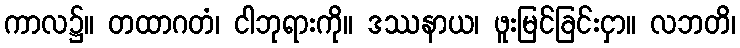
ကာလ၌။ တထာဂတံ၊ ငါဘုရားကို။ ဒဿနာယ၊ ဖူးမြင်ခြင်းငှာ။ လဘတိ၊